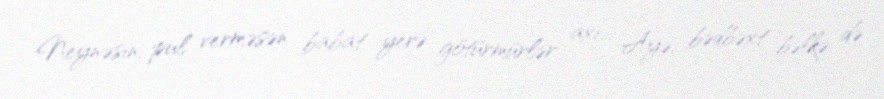
Neynəsin, pul verməsən babat yerə götürmürlər axı... Ayə, bədbəxt bəlkə də